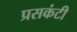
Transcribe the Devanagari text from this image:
प्रसकंटी